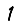
Digit: 1